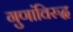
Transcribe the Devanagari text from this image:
गुणांविरुद्ध